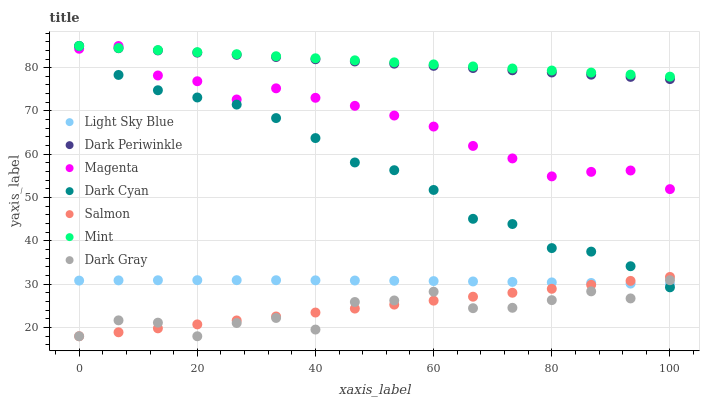
| xaxis_label | Light Sky Blue | Dark Periwinkle | Magenta | Dark Cyan | Salmon | Mint | Dark Gray |
 | --- | --- | --- | --- | --- | --- | --- | --- |
 | 0 | 30.9 | 85 | 84.4 | 85 | 18 | 85 | 18 |
 | 6.67 | 30.9 | 84.5 | 85 | 78.3 | 18.9 | 84.5 | 21.7 |
 | 13.3 | 30.9 | 84 | 78.2 | 74.8 | 19.8 | 84.1 | 21.1 |
 | 20 | 30.9 | 83.5 | 76.9 | 73.1 | 20.7 | 83.6 | 18 |
 | 26.7 | 30.9 | 83 | 72.7 | 71.5 | 21.7 | 83.1 | 21.1 |
 | 33.3 | 30.9 | 82.5 | 75.2 | 68.4 | 22.6 | 82.6 | 22.2 |
 | 40 | 30.9 | 81.9 | 73 | 63.7 | 23.5 | 82.2 | 19.5 |
 | 46.7 | 30.9 | 81.4 | 71.2 | 58.1 | 24.4 | 81.7 | 25.9 |
 | 53.3 | 30.8 | 80.9 | 69 | 56.3 | 25.3 | 81.2 | 26.3 |
 | 60 | 30.7 | 80.4 | 66.4 | 51.8 | 26.2 | 80.8 | 28.3 |
 | 66.7 | 30.7 | 79.9 | 61.9 | 45.1 | 27.1 | 80.3 | 24.5 |
 | 73.3 | 30.5 | 79.4 | 59.1 | 43.9 | 28 | 79.8 | 24.6 |
 | 80 | 30.4 | 78.9 | 54.9 | 38.4 | 29 | 79.3 | 26.3 |
 | 86.7 | 30.3 | 78.4 | 55.9 | 37.5 | 29.9 | 78.9 | 28.4 |
 | 93.3 | 30.2 | 77.9 | 56.3 | 34.2 | 30.8 | 78.4 | 26.7 |
 | 100 | 30 | 77.4 | 52 | 29.3 | 31.7 | 77.9 | 30.9 |